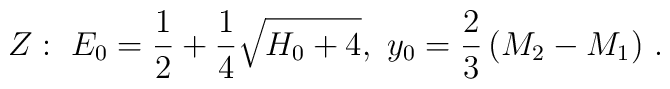
Z:~E_0={1\over 2}+{1\over 4}\sqrt{H_0+4},~y_0={2\over 3}\left(M_2-M_1\right)\,.